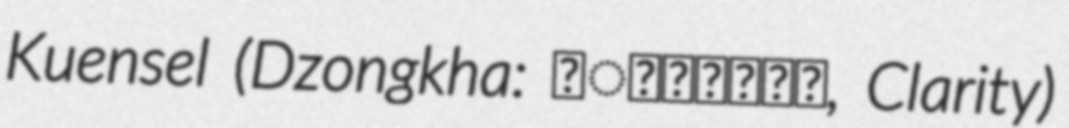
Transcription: Kuensel (Dzongkha: ཀུན་གསལ།, Clarity)